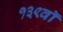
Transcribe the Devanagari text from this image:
१३९वॉ